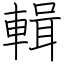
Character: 輯